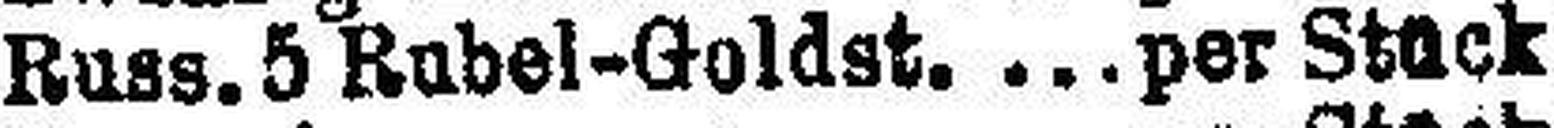
Russ. 5 Rubel-Goldst.  per Stück